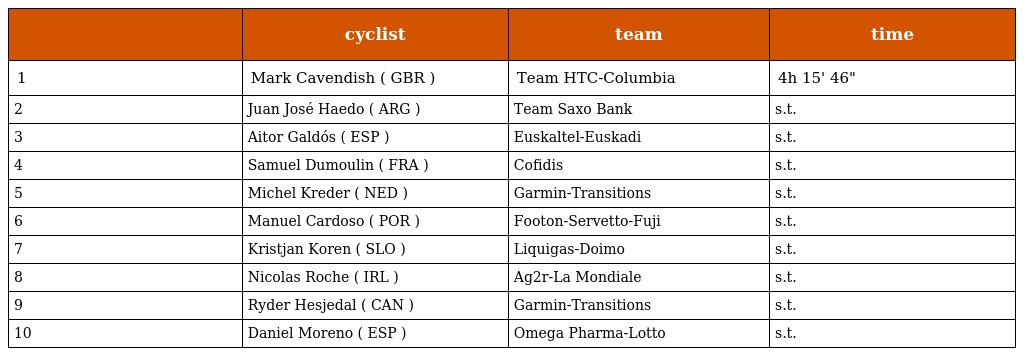
|  | cyclist | team | time |
 | --- | --- | --- | --- |
 | 1 | Mark Cavendish ( GBR ) | Team HTC-Columbia | 4h 15' 46" |
 | 2 | Juan José Haedo ( ARG ) | Team Saxo Bank | s.t. |
 | 3 | Aitor Galdós ( ESP ) | Euskaltel-Euskadi | s.t. |
 | 4 | Samuel Dumoulin ( FRA ) | Cofidis | s.t. |
 | 5 | Michel Kreder ( NED ) | Garmin-Transitions | s.t. |
 | 6 | Manuel Cardoso ( POR ) | Footon-Servetto-Fuji | s.t. |
 | 7 | Kristjan Koren ( SLO ) | Liquigas-Doimo | s.t. |
 | 8 | Nicolas Roche ( IRL ) | Ag2r-La Mondiale | s.t. |
 | 9 | Ryder Hesjedal ( CAN ) | Garmin-Transitions | s.t. |
 | 10 | Daniel Moreno ( ESP ) | Omega Pharma-Lotto | s.t. |